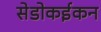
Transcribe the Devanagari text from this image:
सेडोकईकन